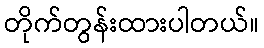
တိုက်တွန်းထားပါတယ်။